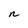
Character: n